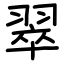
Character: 翠